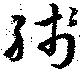
残